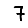
Digit: 7